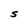
Character: S